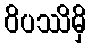
ဝိပဿိမှိ